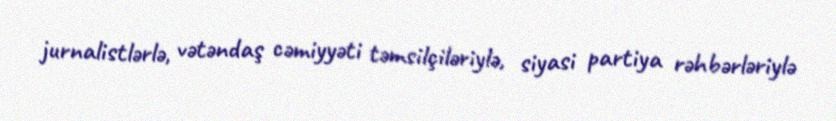
jurnalistlərlə, vətəndaş cəmiyyəti təmsilçiləriylə, siyasi partiya rəhbərləriylə